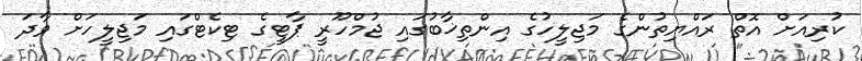
ކުރިއަށް އޮތް ރައްޔިތުންގެ މަޖިލީހުގެ އިންތިޚާބުގައި ޖުމްހޫރީ ޕާޓީގެ ޓިކެޓްގައި މަޖިލީހަށް ވާދަ